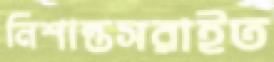
নিশান্তসরাইত